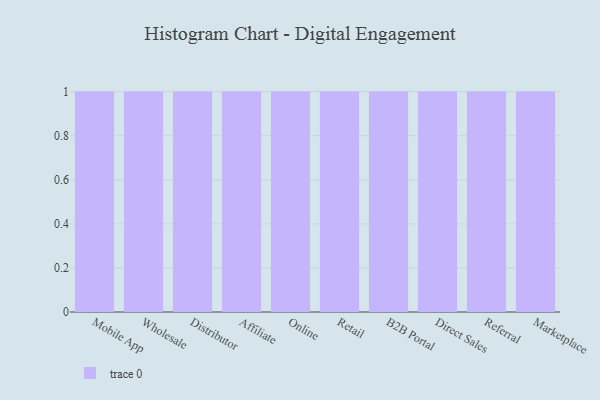
{"axis": {"x": "Channel", "y": "Energy Usage (MWh)"}, "legend": [""], "data": [{"x": "Mobile App", "y": 65, "type": ""}, {"x": "Wholesale", "y": 38, "type": ""}, {"x": "Distributor", "y": 34, "type": ""}, {"x": "Affiliate", "y": 85, "type": ""}, {"x": "Online", "y": 8, "type": ""}, {"x": "Retail", "y": 29, "type": ""}, {"x": "B2B Portal", "y": 10, "type": ""}, {"x": "Direct Sales", "y": 15, "type": ""}, {"x": "Referral", "y": 22, "type": ""}, {"x": "Marketplace", "y": 78, "type": ""}]}